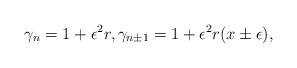
LaTeX: \begin{align*}\gamma_n=1+\epsilon^2 r, \gamma_{n\pm 1}=1+\epsilon^2 r(x\pm\epsilon),\end{align*}